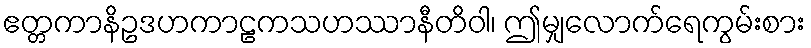
ဧတ္တကာနိဥဒဟကာဠကသဟဿာနီတိဝါ၊ ဤမျှလောက်ရေကွမ်းစား